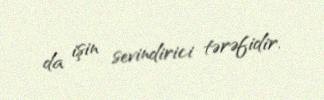
da işin sevindirici tərəfidir.